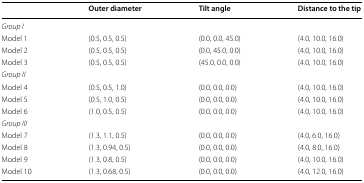
|  | Outer diameter | Tilt angle | Distance to the tip |
 | --- | --- | --- | --- |
 | <COLSPAN=4> Group I |
 | Model 1 | (0.5, 0.5, 0.5) | (0.0, 0.0, 45.0) | (4.0, 10.0, 16.0) |
 | Model 2 | (0.5, 0.5, 0.5) | (0.0, 45.0, 0.0) | (4.0, 10.0, 16.0) |
 | Model 3 | (0.5, 0.5, 0.5) | (45.0, 0.0, 0.0) | (4.0, 10.0, 16.0) |
 | <COLSPAN=4> Group II |
 | Model 4 | (0.5, 0.5, 1.0) | (0.0, 0.0, 0.0) | (4.0, 10.0, 16.0) |
 | Model 5 | (0.5, 1.0, 0.5) | (0.0, 0.0, 0.0) | (4.0, 10.0, 16.0) |
 | Model 6 | (1.0, 0.5, 0.5) | (0.0, 0.0, 0.0) | (4.0, 10.0, 16.0) |
 | <COLSPAN=4> Group III |
 | Model 7 | (1.3, 1.1, 0.5) | (0.0, 0.0, 0.0) | (4.0, 6.0, 16.0) |
 | Model 8 | (1.3, 0.94, 0.5) | (0.0, 0.0, 0.0) | (4.0, 8.0, 16.0) |
 | Model 9 | (1.3, 0.8, 0.5) | (0.0, 0.0, 0.0) | (4.0, 10.0, 16.0) |
 | Model 10 | (1.3, 0.68, 0.5) | (0.0, 0.0, 0.0) | (4.0, 12.0, 16.0) |